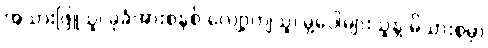
အသားဖြူသူ၊ ခုခံအားစနစ် လျော့ကျသူ၊ မှဲ့ပေါများသူနဲ့ မိသားစုမှာ